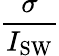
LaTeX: \frac{\sigma}{I_{\mathrm{SW}}}